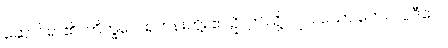
ဆောင်ရာ၏။ ဘိက္ခဝေ၊ ရဟန်းတို့။ ဧဝဉှိ၊ ဤသို့လျှင်။ သော တေလပ္ပဒီပေါ၊